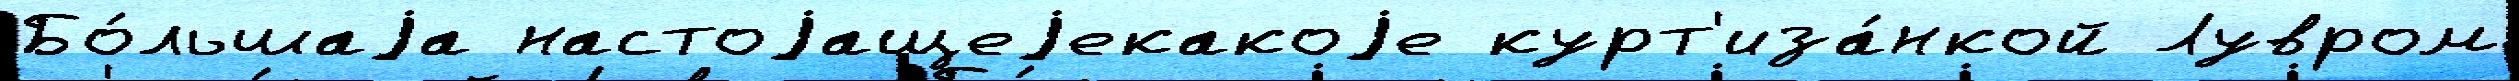
Бо́льшаjа настоjащеjекакоjе курт'иза́нкой Лувром